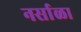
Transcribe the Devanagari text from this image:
नर्साळा